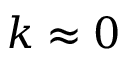
k \approx 0